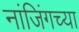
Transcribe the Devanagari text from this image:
नांजिंगच्या